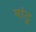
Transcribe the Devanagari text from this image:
मांटू